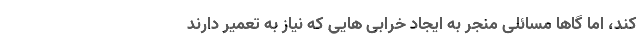
کند، اما گاها مسائلی منجر به ایجاد خرابی­ هایی که نیاز به تعمیر دارند